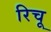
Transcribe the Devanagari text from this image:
रिचू